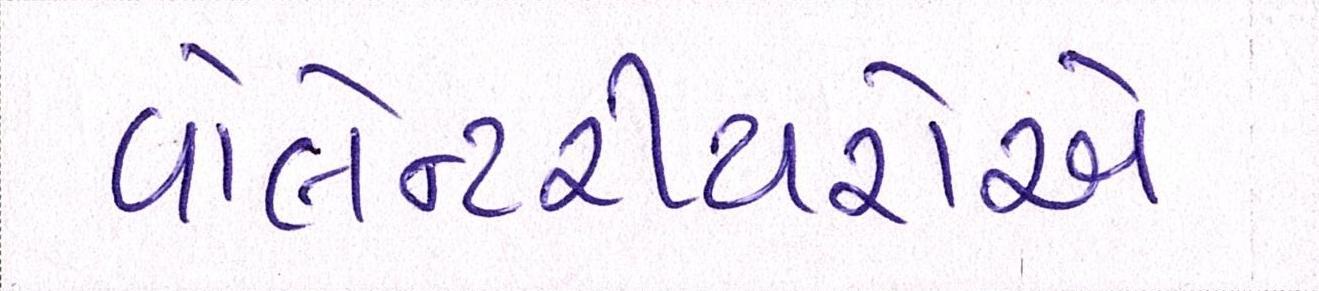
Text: વોલેન્ટરીયરોએ